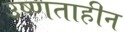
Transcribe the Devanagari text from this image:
उष्णताहीन